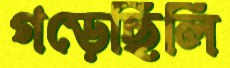
গড়েছিলি